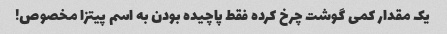
یک مقدار کمی گوشت چرخ کرده فقط پاچیده بودن به اسم پیتزا مخصوص!